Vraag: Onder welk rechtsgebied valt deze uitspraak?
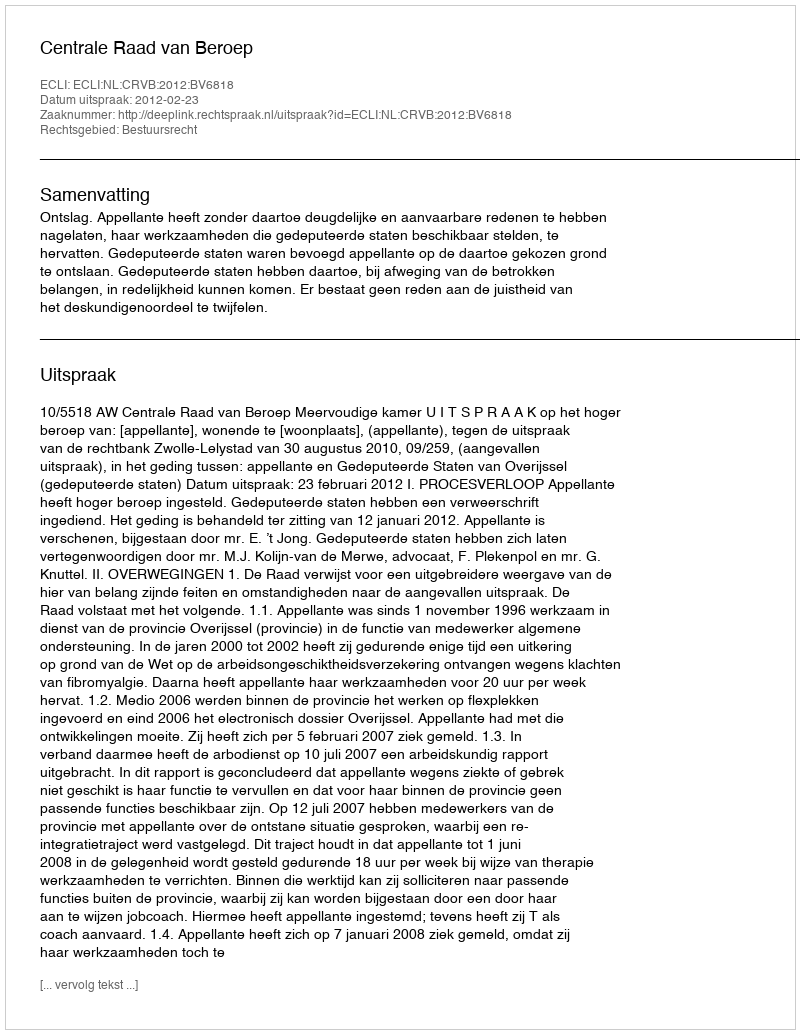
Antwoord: Bestuursrecht